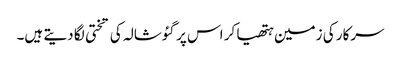
سرکار کی زمین ہتھیا کر اس پر گئوشالہ کی تختی لگا دیتے ہیں۔